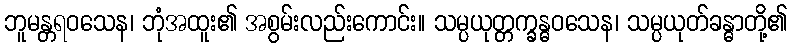
ဘူမန္တရဝသေန၊ ဘုံအထူး၏ အစွမ်းလည်းကောင်း။ သမ္ပယုတ္တက္ခန္ဓဝသေန၊ သမ္ပယုတ်ခန္ဓာတို့၏